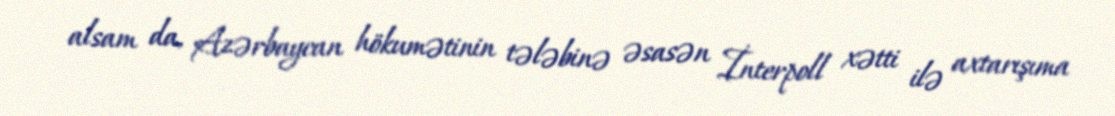
alsam da, Azərbaycan hökumətinin tələbinə əsasən İnterpoll xətti ilə axtarışıma